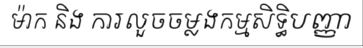
ម៉ាក និង ការលួចចម្លងកម្មសិទ្ធិបញ្ញា